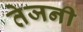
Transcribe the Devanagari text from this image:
तेजनी